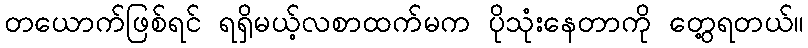
တယောက်ဖြစ်ရင် ရရှိမယ့်လစာထက်မက ပိုသုံးနေတာကို တွေ့ရတယ်။